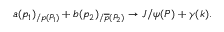
a ( p _ { 1 } ) _ { / p ( P _ { 1 } ) } + b ( p _ { 2 } ) _ { / \overline { { { p } } } ( P _ { 2 } ) } \rightarrow J / \psi ( P ) + \gamma ( k ) .